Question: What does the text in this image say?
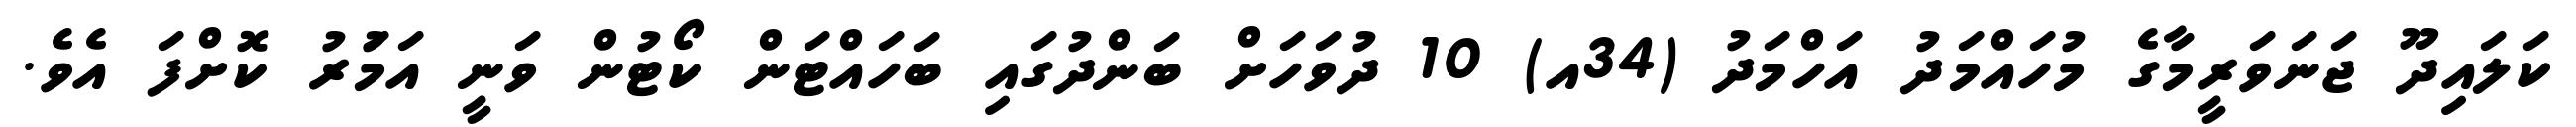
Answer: ކަލައިދޫ ޖަނަވަރީމާގެ މުހައްމަދު އަހްމަދު (34އ) 10 ދުވަހަށް ބަންދުގައި ބަހައްޓަން ކޯޓުން ވަނީ އަމަުރު ކޮށްފަ އެވެ.